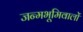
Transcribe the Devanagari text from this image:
जन्मभूमिवालों